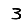
Digit: 3